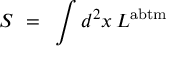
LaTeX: S ~ = ~ \int d ^ { 2 } x \, L ^ { \mathrm { \footnotesize { a b t m } } }